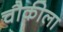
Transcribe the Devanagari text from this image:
चौकीला